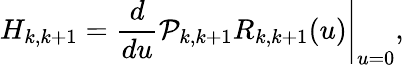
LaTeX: H_{k,k+1}=\left.\frac{d}{du}{\cal P}_{k,k+1}R_{k,k+1}(u)\right|_{u=0},